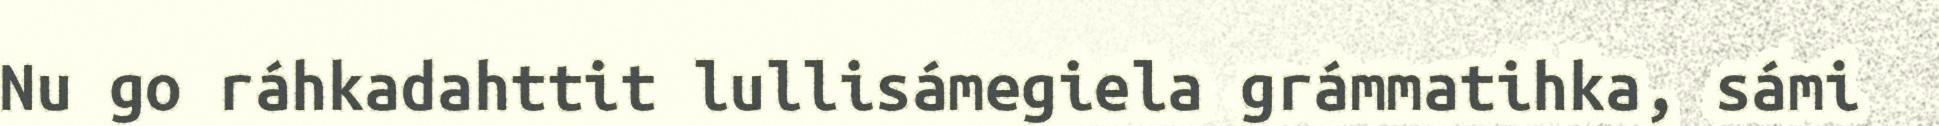
Nu go ráhkadahttit lullisámegiela grámmatihka, sámi